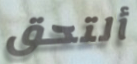
ألتحق